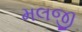
મલજી